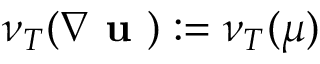
\nu _ { T } ( \nabla \textbf { u } ) : = \nu _ { T } ( \mu )